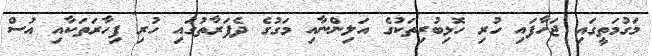
މަގުމަތީގައި ޖަހާފައި ހުރި ހޮޅިބުރިތަކުގެ އަލިންނާއި މަގުގެ ދެފަރާތުގައި ހުރި ފިހާރަތަކާއި އުސް